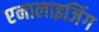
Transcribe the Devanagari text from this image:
एनालाइजिंग